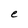
Character: e